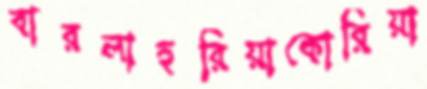
বারলাহুরিয়াকোরিয়া